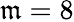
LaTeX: \mathfrak{m}=8